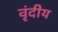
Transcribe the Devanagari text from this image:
वृंदीय